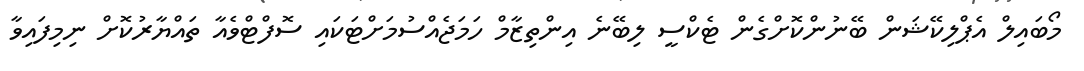
މޯބައިލް އެޕްލިކޭޝަން ބޭނުންކޮށްގެން ޓެކްސީ ލިބޭނެ އިންތިޒާމް ހަމަޖެއްސުމަށްޓަކައި ސޮފްޓްވެއާ ތައްޔާރުކޮށް ނިމިފައިވާ